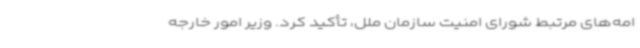
امه‌های مرتبط شورای امنیت سازمان ملل، تأکید کرد. وزیر امور خارجه